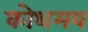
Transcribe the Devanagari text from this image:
कोथमय